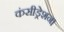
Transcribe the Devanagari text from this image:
कंसीड्रेशन।